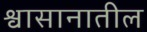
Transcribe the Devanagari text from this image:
श्वासानातील